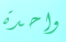
واحدة